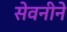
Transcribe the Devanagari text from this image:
सेवनीने